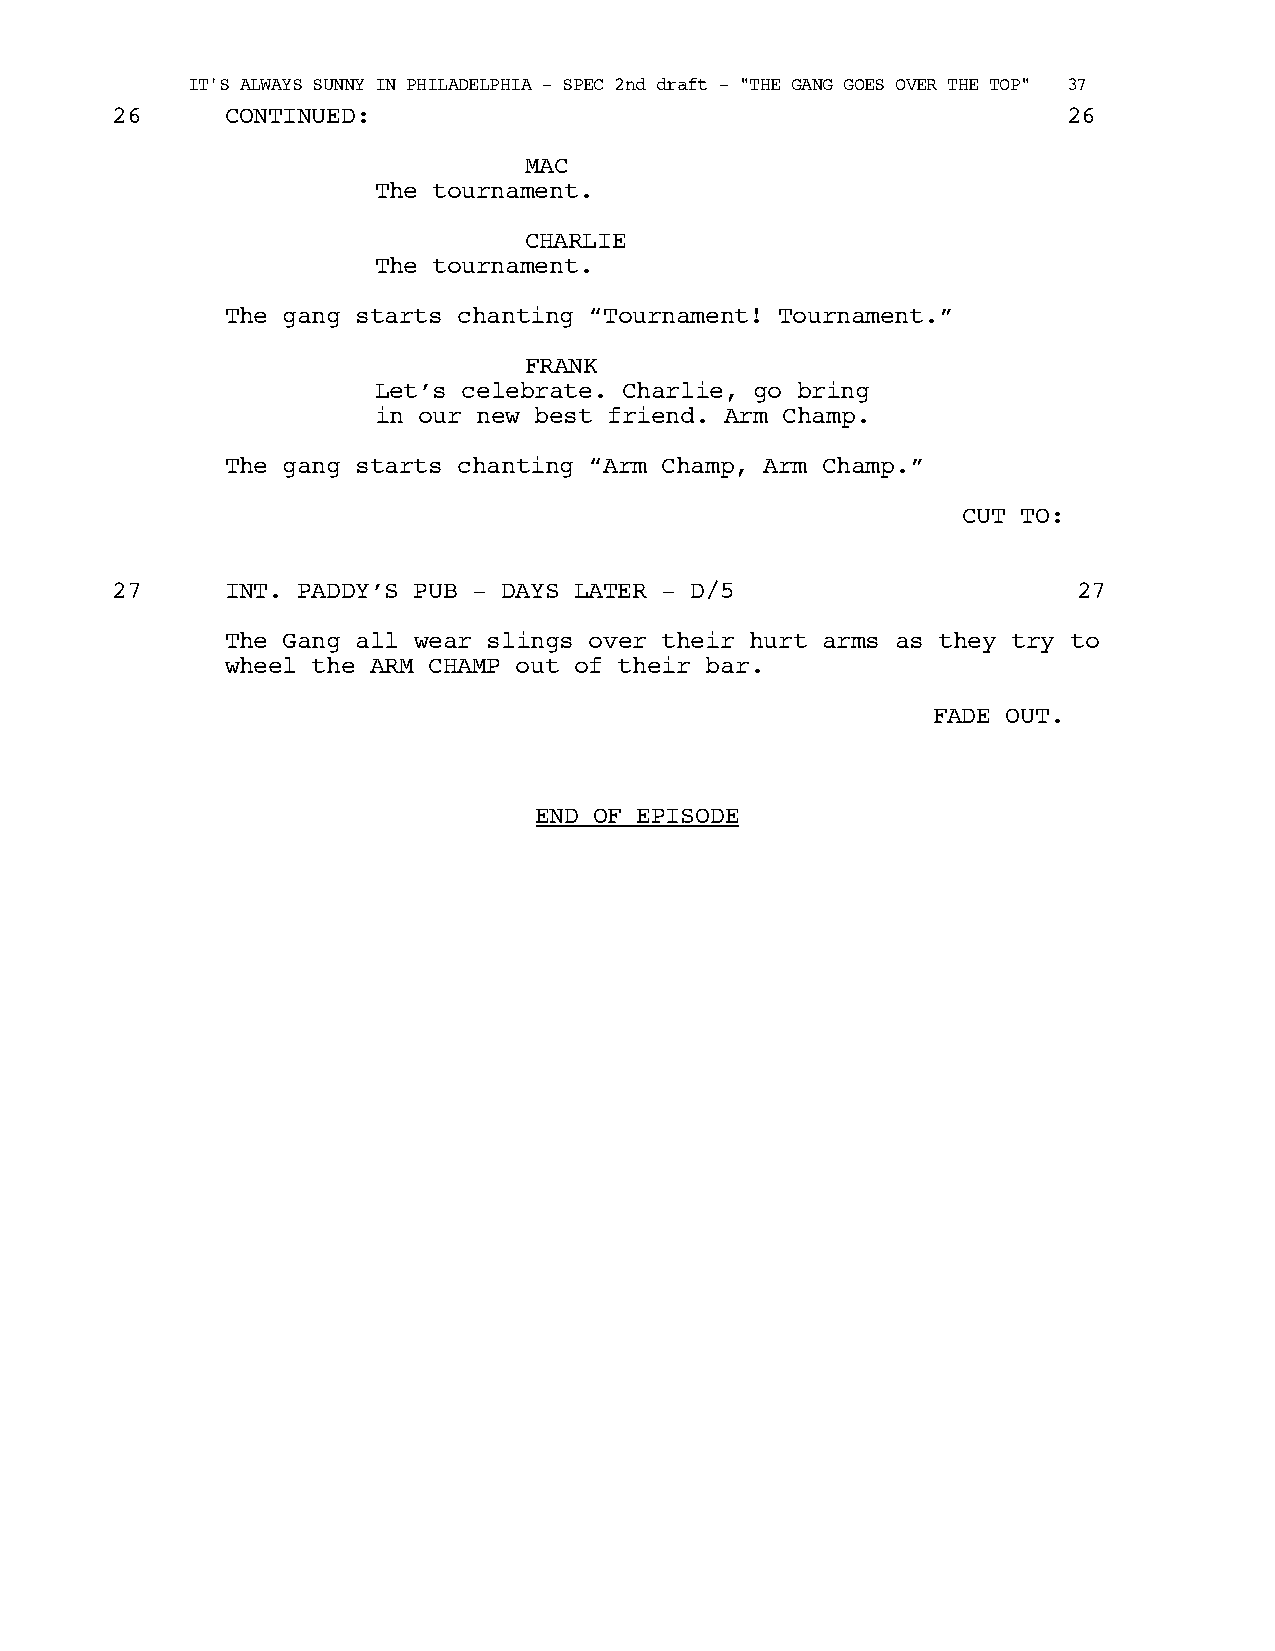
IT'S ALWAYS SUNNY IN PHILADELPHIA - SPEC 2nd draft - "THE GANG GOES OVER THE TOP" 37
 26      CONTINUED:                                              26
 MAC
 The tournament.
 CHARLIE
 The tournament.
 The gang starts chanting “Tournament! Tournament.”
 FRANK
 Let’s celebrate. Charlie, go bring
 in our new best friend. Arm Champ.
 The gang starts chanting “Arm Champ, Arm Champ.”
 CUT TO:
 27      INT. PADDY’S PUB - DAYS LATER - D/5                     27
 The Gang all wear slings over their hurt arms as they try to
 wheel the ARM CHAMP out of their bar.
 FADE OUT.
 END OF EPISODE